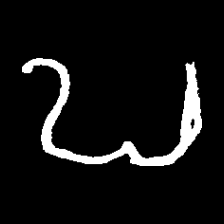
Pyu character \u2014 Myanmar letter: ဎ (romanized: ddha)